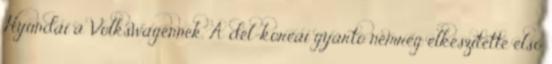
Hyundai a Volkswagennek. A dél-koreai gyártó nemrég elkészítette első